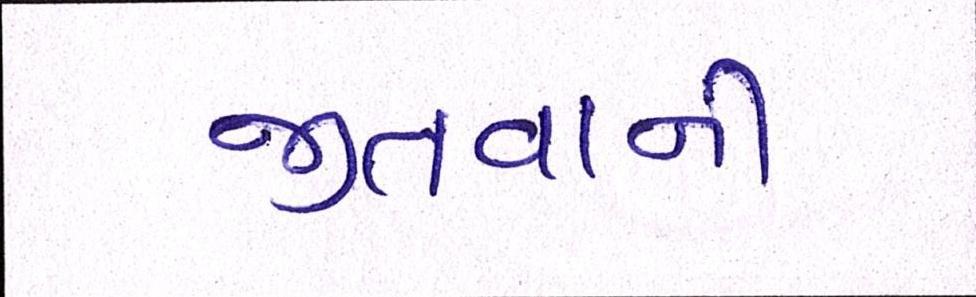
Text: જીતવાની